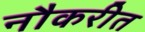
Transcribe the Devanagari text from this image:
नौकरीत